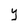
Character: Y